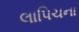
લાપિચના